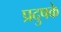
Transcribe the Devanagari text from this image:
प्रदुषके